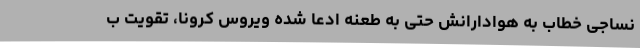
نساجی خطاب به هوادارانش حتی به طعنه ادعا شده ویروس کرونا، تقویت ب